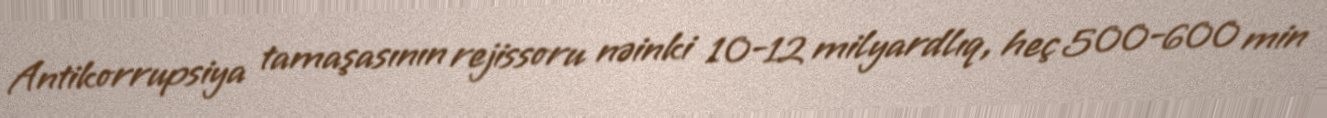
Antikorrupsiya tamaşasının rejissoru nəinki 10-12 milyardlıq, heç 500-600 min